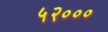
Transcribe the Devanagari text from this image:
५२०००